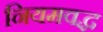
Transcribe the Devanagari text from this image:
नियमवद्ध